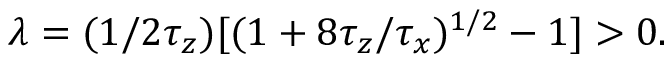
\lambda = ( 1 / 2 \tau _ { z } ) [ ( 1 + 8 \tau _ { z } / \tau _ { x } ) ^ { 1 / 2 } - 1 ] > 0 .